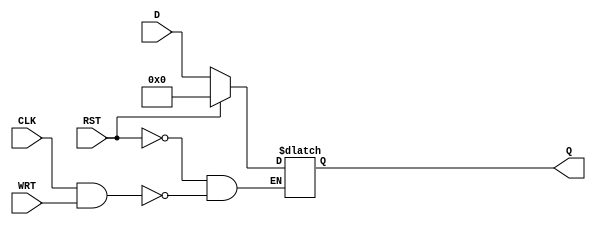
module D_Latch (
   input[15:0] D,
   input CLK,
	input RST,
   input WRT,
	output reg[15:0] Q
);

always @(CLK, D, RST) begin
    if (RST) begin
		Q <= 0; 
	 end else begin
		if (CLK && WRT) 
			Q <= D; 
	 end
end

endmodule